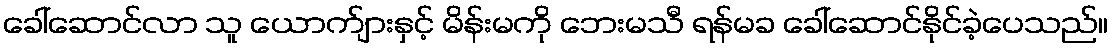
ခေါ်ဆောင်လာ သူ ယောက်ျားနှင့် မိန်းမကို ဘေးမသီ ရန်မခ ခေါ်ဆောင်နိုင်ခဲ့ပေသည်။